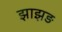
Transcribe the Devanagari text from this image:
झाझड़